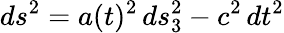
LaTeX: ds^{2}=a(t)^{2}\, ds_{3}^{2}-c^{2}\, dt^{2}